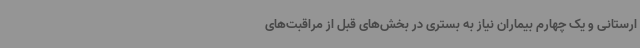
ارستانی و یک چهارم بیماران نیاز به بستری در بخش‌های قبل از مراقبت‌های